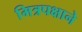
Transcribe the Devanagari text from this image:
मित्रपक्षाने